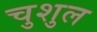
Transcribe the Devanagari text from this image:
चुशुल